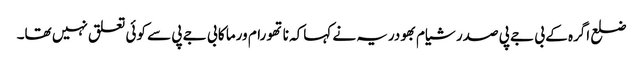
ضلع اگرہ کے بی جے پی صدر شیام بھودریہ نے کہاکہ ناتھو رام ورما کا بی جے پی سے کوئی تعلق نہیں تھا۔